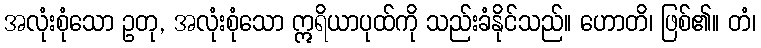
အလုံးစုံသော ဥတု, အလုံးစုံသော ဣရိယာပုထ်ကို သည်းခံနိုင်သည်။ ဟောတိ၊ ဖြစ်၏။ တံ၊